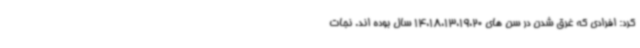
کرد: افرادی که غرق شدن در سن های 14،18،13،19،20 سال بوده اند. نجات